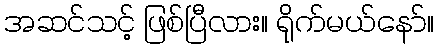
အဆင်သင့် ဖြစ်ပြီလား။ ရိုက်မယ်နော်။